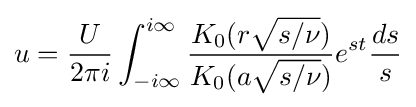
u={\frac {U}{2\pi i}}\int _{-i\infty }^{i\infty }{\frac {K_{0}(r{\sqrt {s/\nu }})}{K_{0}(a{\sqrt {s/\nu }})}}e^{st}{\frac {ds}{s}}